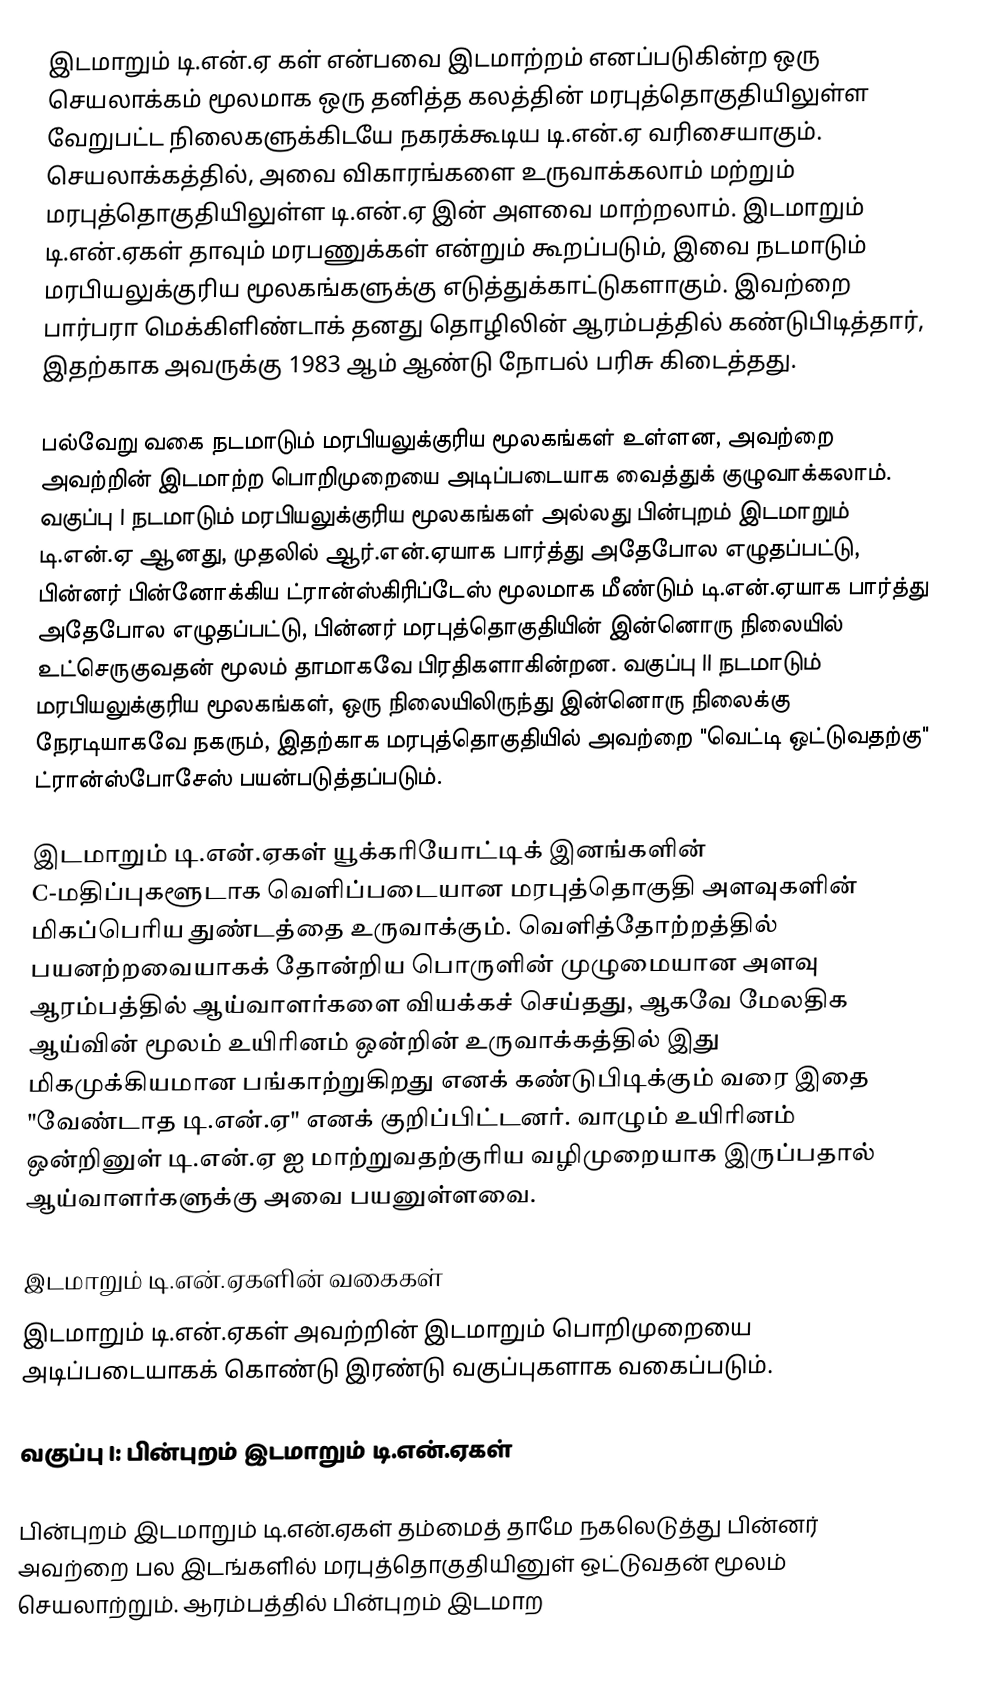
இடமாறும் டி.என்.ஏ கள் என்பவை இடமாற்றம்  எனப்படுகின்ற ஒரு செயலாக்கம் மூலமாக ஒரு தனித்த கலத்தின் மரபுத்தொகுதியிலுள்ள வேறுபட்ட நிலைகளுக்கிடயே நகரக்கூடிய டி.என்.ஏ வரிசையாகும். செயலாக்கத்தில், அவை விகாரங்களை உருவாக்கலாம் மற்றும் மரபுத்தொகுதியிலுள்ள டி.என்.ஏ இன் அளவை மாற்றலாம். இடமாறும் டி.என்.ஏகள் தாவும் மரபணுக்கள்  என்றும் கூறப்படும், இவை நடமாடும் மரபியலுக்குரிய மூலகங்களுக்கு எடுத்துக்காட்டுகளாகும். இவற்றை பார்பரா மெக்கிளிண்டாக் தனது தொழிலின் ஆரம்பத்தில் கண்டுபிடித்தார், இதற்காக அவருக்கு 1983 ஆம் ஆண்டு நோபல் பரிசு கிடைத்தது.

பல்வேறு வகை நடமாடும் மரபியலுக்குரிய மூலகங்கள் உள்ளன, அவற்றை அவற்றின் இடமாற்ற பொறிமுறையை அடிப்படையாக வைத்துக் குழுவாக்கலாம். வகுப்பு I நடமாடும் மரபியலுக்குரிய மூலகங்கள் அல்லது பின்புறம் இடமாறும் டி.என்.ஏ ஆனது, முதலில் ஆர்.என்.ஏயாக பார்த்து அதேபோல எழுதப்பட்டு, பின்னர் பின்னோக்கிய ட்ரான்ஸ்கிரிப்டேஸ் மூலமாக மீண்டும் டி.என்.ஏயாக பார்த்து அதேபோல எழுதப்பட்டு, பின்னர் மரபுத்தொகுதியின் இன்னொரு நிலையில் உட்செருகுவதன் மூலம் தாமாகவே பிரதிகளாகின்றன. வகுப்பு II நடமாடும் மரபியலுக்குரிய மூலகங்கள், ஒரு நிலையிலிருந்து இன்னொரு நிலைக்கு நேரடியாகவே நகரும், இதற்காக மரபுத்தொகுதியில் அவற்றை "வெட்டி ஒட்டுவதற்கு" ட்ரான்ஸ்போசேஸ் பயன்படுத்தப்படும்.

இடமாறும் டி.என்.ஏகள் யூக்கரியோட்டிக் இனங்களின் C-மதிப்புகளூடாக வெளிப்படையான மரபுத்தொகுதி அளவுகளின் மிகப்பெரிய துண்டத்தை உருவாக்கும். வெளித்தோற்றத்தில் பயனற்றவையாகக் தோன்றிய பொருளின் முழுமையான அளவு ஆரம்பத்தில் ஆய்வாளர்களை வியக்கச் செய்தது, ஆகவே மேலதிக ஆய்வின் மூலம் உயிரினம் ஒன்றின் உருவாக்கத்தில் இது மிகமுக்கியமான பங்காற்றுகிறது எனக் கண்டுபிடிக்கும் வரை இதை "வேண்டாத டி.என்.ஏ" எனக் குறிப்பிட்டனர். வாழும் உயிரினம் ஒன்றினுள் டி.என்.ஏ ஐ மாற்றுவதற்குரிய வழிமுறையாக இருப்பதால் ஆய்வாளர்களுக்கு அவை பயனுள்ளவை.

இடமாறும் டி.என்.ஏகளின் வகைகள்
இடமாறும் டி.என்.ஏகள் அவற்றின் இடமாறும் பொறிமுறையை அடிப்படையாகக் கொண்டு இரண்டு வகுப்புகளாக வகைப்படும்.

வகுப்பு I: பின்புறம் இடமாறும் டி.என்.ஏகள்

பின்புறம் இடமாறும் டி.என்.ஏகள் தம்மைத் தாமே நகலெடுத்து பின்னர் அவற்றை பல இடங்களில் மரபுத்தொகுதியினுள் ஒட்டுவதன் மூலம் செயலாற்றும். ஆரம்பத்தில் பின்புறம் இடமாற